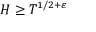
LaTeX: H \geq T ^ { 1 / 2 + \varepsilon }